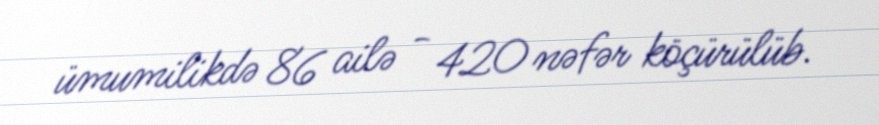
ümumilikdə 86 ailə - 420 nəfər köçürülüb.